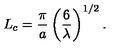
L _ { c } = \frac { \pi } { a } \left( \frac { 6 } { \lambda } \right) ^ { 1 / 2 } .